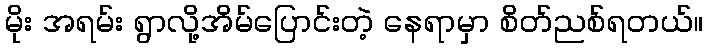
မိုး အရမ်း ရွာလို့အိမ်ပြောင်းတဲ့ နေရာမှာ စိတ်ညစ်ရတယ်။